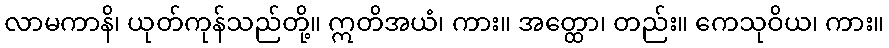
လာမကာနိ၊ ယုတ်ကုန်သည်တို့။ ဣတိအယံ၊ ကား။ အတ္ထော၊ တည်း။ ကေသုဝိယ၊ ကား။